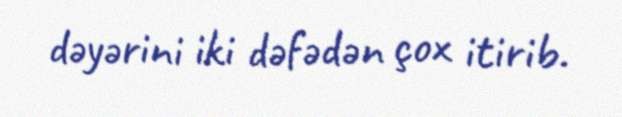
dəyərini iki dəfədən çox itirib.